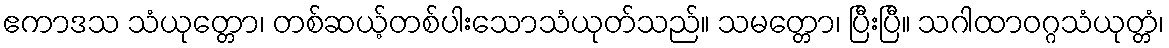
ဧကာဒသ သံယုတ္တော၊ တစ်ဆယ့်တစ်ပါးသောသံယုတ်သည်။ သမတ္တော၊ ပြီးပြီ။ သဂါထာဝဂ္ဂသံယုတ္တံ၊